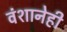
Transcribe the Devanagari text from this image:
वंशानेही